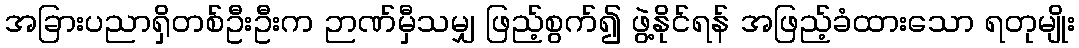
အခြားပညာရှိတစ်ဦးဦးက ဉာဏ်မှီသမျှ ဖြည့်စွက်၍ ဖွဲ့နိုင်ရန် အဖြည့်ခံထားသော ရတုမျိုး